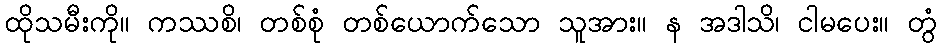
ထိုသမီးကို။ ကဿစိ၊ တစ်စုံ တစ်ယောက်သော သူအား။ န အဒါသိ၊ ငါမပေး။ တွံ